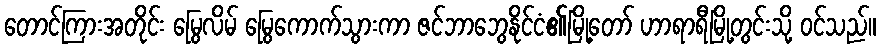
တောင်ကြားအတိုင်း မြွေလိမ် မြွေကောက်သွားကာ ဇင်ဘာဘွေနိုင်ငံ၏မြို့တော် ဟာရာရီမြို့တွင်းသို့ ဝင်သည်။